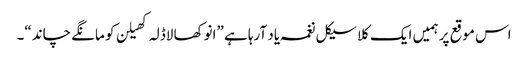
اس موقع پر ہمیں ایک کلاسیکل نغمہ یاد آرہا ہے ”انوکھا لاڈلہ کھیلن کو مانگے چاند“۔